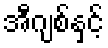
အီဂျစ်နှင့်